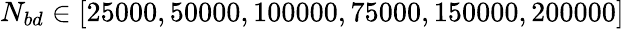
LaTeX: N_{bd}\in[25000,50000,100000,75000,150000,200000]